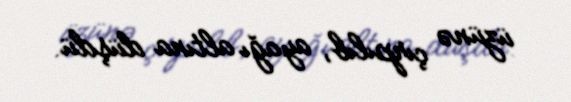
üzünə çırpılıb, ayağı altına düşdü.